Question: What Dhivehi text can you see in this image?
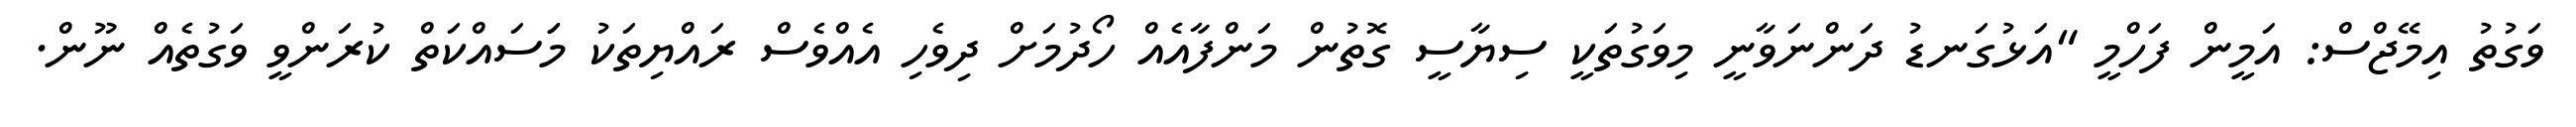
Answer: ވަގުތު އިމޭޖްސް: އަމީން ފަހްމީ "އަޅުގަނޑު ދަންނަވާނީ މިވަގުތަކީ ސިޔާސީ ގޮތުން މަންފާއެއް ހޯދުމަށް ދިވެހި އެއްވެސް ރައްޔިތަކު މަަސައްކަތް ކުރަންވީ ވަގުތެއް ނޫން.